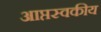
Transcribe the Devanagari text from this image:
आप्तस्वकीय